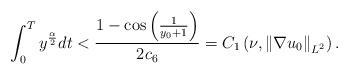
LaTeX: \begin{align*}\int_{0}^{T}y^{\frac{\alpha}{2}}dt<\frac{1-\cos\left( \frac{1}{y_{0}+1}\right) }{2c_{6}}=C_{1}\left( \nu,\left\Vert \nabla u_{0}\right\Vert_{L^{2}}\right) .\end{align*}